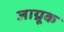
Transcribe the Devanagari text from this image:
जाग्रूक